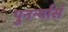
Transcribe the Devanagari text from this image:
पुनर्न्यासं